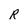
Character: R